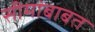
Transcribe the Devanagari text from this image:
सीमांबाबत